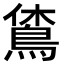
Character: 𪀪